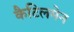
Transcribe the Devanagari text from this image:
कैटिलमेन